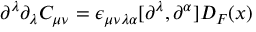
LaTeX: \partial ^ { \lambda } \partial _ { \lambda } C _ { \mu \nu } = \epsilon _ { \mu \nu \lambda \alpha } [ \partial ^ { \lambda } , \partial ^ { \alpha } ] D _ { F } ( x )